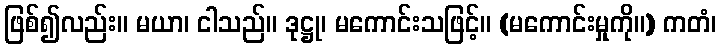
ဖြစ်၍လည်း။ မယာ၊ ငါသည်။ ဒုဋ္ဌု၊ မကောင်းသဖြင့်။ (မကောင်းမှုကို။) ကတံ၊